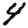
Digit: 4